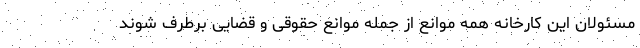
مسئولان این کارخانه همه موانع از جمله موانع حقوقی و قضایی برطرف شوند